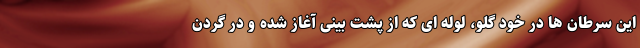
این سرطان ها در خود گلو، لوله ای که از پشت بینی آغاز شده و در گردن